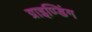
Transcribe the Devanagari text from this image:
ग्राइण्डिंग